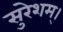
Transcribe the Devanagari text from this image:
सुरेशम्।